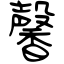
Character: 馨